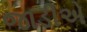
જાડીએ